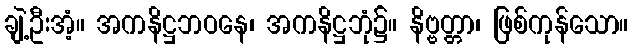
ချဲ့ဦးအံ့။ အကနိဋ္ဌဘဝနေ၊ အကနိဋ္ဌဘုံ၌။ နိဗ္ဗတ္တာ၊ ဖြစ်ကုန်သော။